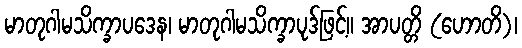
မာတုဂါမသိက္ခာပဒေန၊ မာတုဂါမသိက္ခာပုဒ်ဖြင့်။ အာပတ္တိ (ဟောတိ)၊